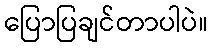
ပြောပြချင်တာပါပဲ။